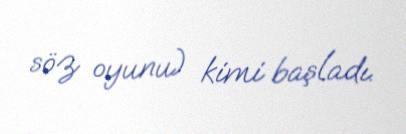
söz oyunu) kimi başladı.